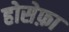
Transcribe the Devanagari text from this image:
होसेफ़ा